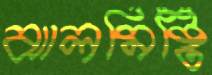
ঝালমিষ্টি